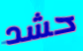
حشد